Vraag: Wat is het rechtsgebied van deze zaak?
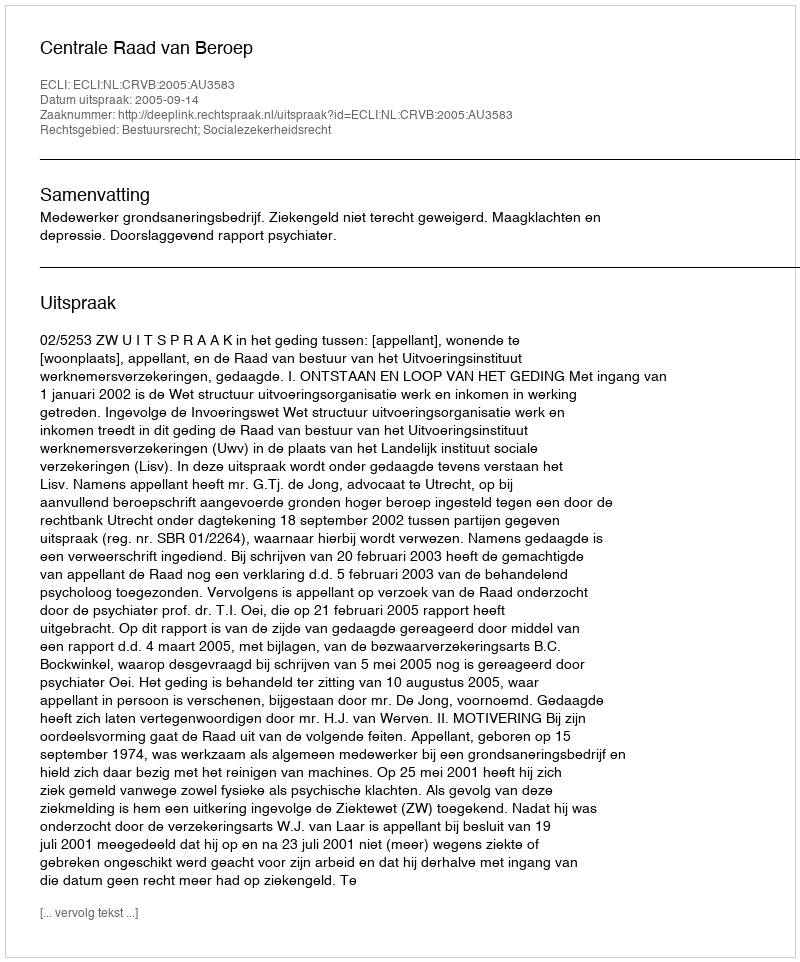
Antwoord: Bestuursrecht; Socialezekerheidsrecht